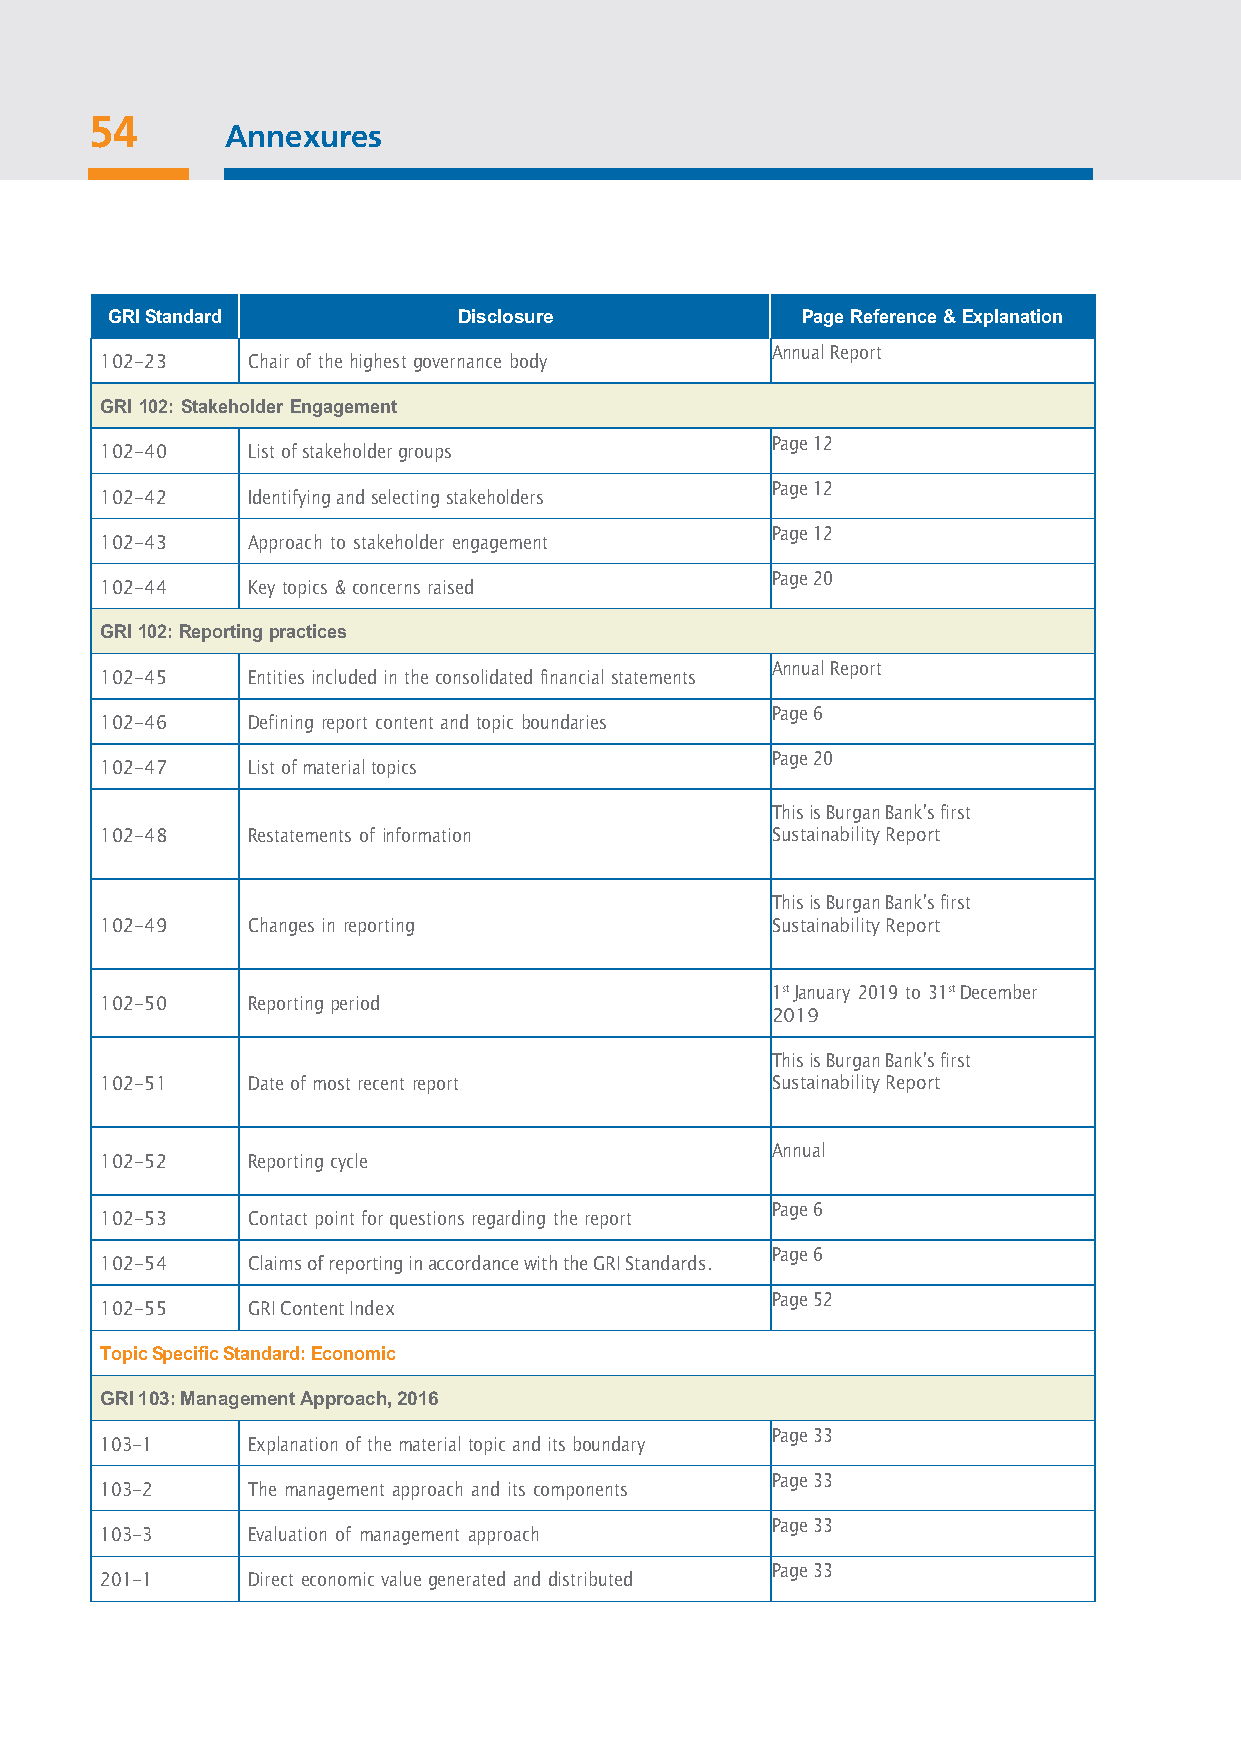
54
 A nnexures
 53
 GRI Standard           Disclosure             Page Reference & Explanation
 Annual Report
 102-23   Chair of the highest governance body
 GRI 102: Stakeholder Engagement
 Page 12
 102-40   List of stakeholder groups
 Page 12
 102-42   Identifying and selecting stakeholders
 Page 12
 102-43   Approach to stakeholder engagement
 Page 20
 102-44   Key topics & concerns raised
 GRI 102: Reporting practices
 Annual Report
 102-45   Entities included in the consolidated financial statements
 Page 6
 102-46   Defining report content and topic boundaries
 Page 20
 102-47   List of material topics
 This is Burgan Bank’s first
 102-48   Restatements of information        Sustainability Report
 This is Burgan Bank’s first
 102-49   Changes in reporting               Sustainability Report
 1st January 2019 to 31st December
 102-50   Reporting period
 2019
 This is Burgan Bank’s first
 102-51   Date of most recent report         Sustainability Report
 Annual
 102-52   Reporting cycle
 Page 6
 102-53   Contact point for questions regarding the report
 Page 6
 102-54   Claims of reporting in accordance with the GRI Standards.
 Page 52
 102-55   GRI Content Index
 Topic Specific Standard: Economic
 GRI 103: Management Approach, 2016
 Page 33
 103-1    Explanation of the material topic and its boundary
 Page 33
 103-2    The management approach and its components
 Page 33
 103-3    Evaluation of management approach
 Page 33
 201-1    Direct economic value generated and distributed